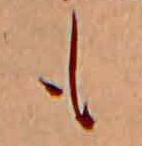
も